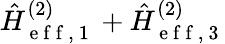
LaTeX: \hat{H}_{\mathrm{~e~f~f~,~1~}}^{(2)}+\hat{H}_{\mathrm{~e~f~f~,~3~}}^{(2)}